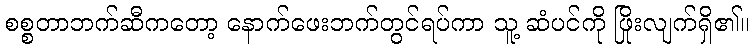
စစ္စတာဘက်ဆီကတော့ နောက်ဖေးဘက်တွင်ရပ်ကာ သူ့ ဆံပင်ကို ဖြိုးလျက်ရှိ၏။